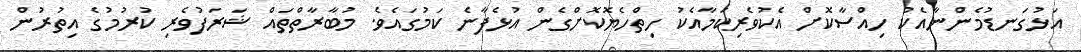
އަޅުގަނޑުމެންނާއެކު ހިއްސާކޮށް އެކުވެރިކަމާއެކު ހިތްހެޔޮކޮށްގެން އުޅެފާނެ ކަމުގައެވެ. މުބާރާތްތައް ޝަރަފުވެރި ކުރުމުގެ އިތުރުން